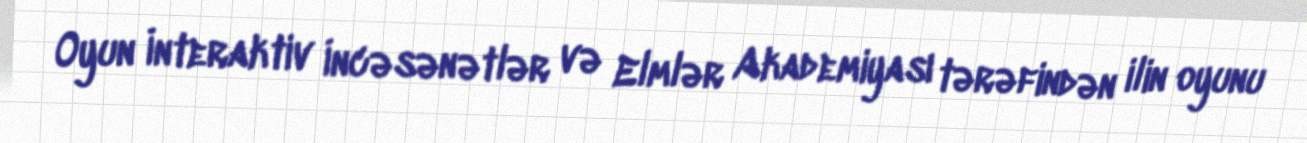
Oyun İnteraktiv İncəsənətlər və Elmlər Akademiyası tərəfindən ilin oyunu